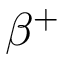
\beta ^ { + }